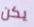
يكن